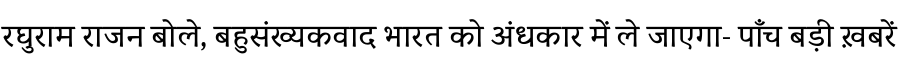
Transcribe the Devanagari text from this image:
रघुराम राजन बोले, बहुसंख्यकवाद भारत को अंधकार में ले जाएगा- पाँच बड़ी ख़बरें